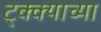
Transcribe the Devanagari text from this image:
ट्क्क्याच्या